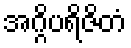
အဂ္ဂိပရိဇိတံ